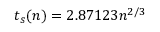
t _ { s } ( n ) = 2 . 8 7 1 2 3 n ^ { 2 / 3 }